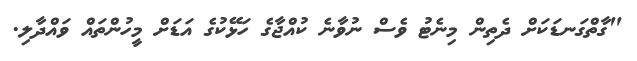
"ގާތްގަނޑަކަށް ދެތިން މިނެޓު ވެސް ނުވާނެ ކުއްޖާގެ ހަޅޭކުގެ އަޑަށް މީހުންތައް ވައްދާލި.